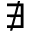
\nexists